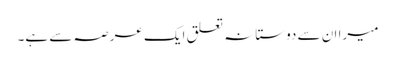
میرا ان سے دوستانہ تعلق ایک عرصہ سے ہے۔